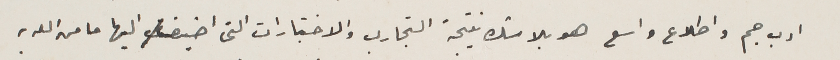
ادب جم واطلاع واسع هو بلا شك نتيجة التجارب والاختبارات التى اضيف اليها ما منه الله به